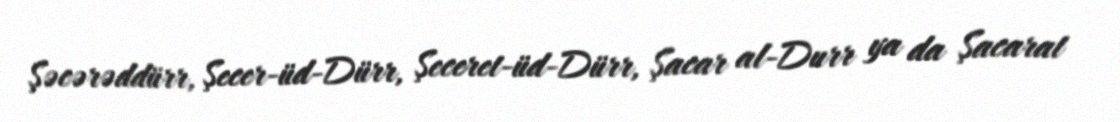
Şəcərəddürr, Şecer-üd-Dürr, Şeceret-üd-Dürr, Şacar al-Durr ya da Şacarat